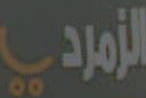
الزمردي